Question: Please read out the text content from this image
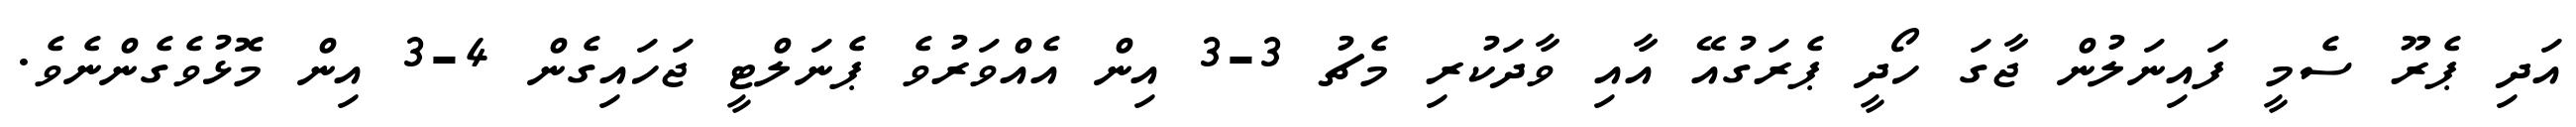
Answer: އަދި ޕެރޫ ސެމީ ފައިނަލުން ޖާގަ ހޯދީ ޕެރަގުއޭ އާއި ވާދަކުރި މެޗު 3-3 އިން އެއްވަރުވެ ޕެނަލްޓީ ޖަހައިގެން 4-3 އިން މޮޅުވެގެންނެވެ.